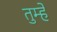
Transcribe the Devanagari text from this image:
तुम्हेँ